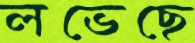
লভেছে